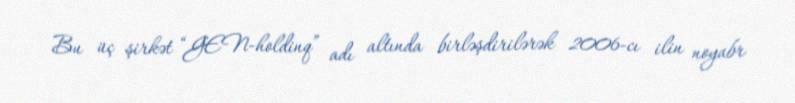
Bu üç şirkət “GEN-holdinq” adı altında birləşdirilərək 2006-cı ilin noyabr